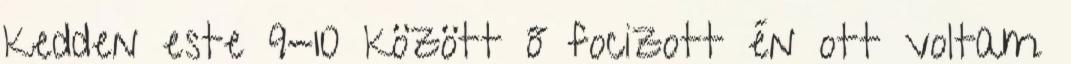
kedden este 9-10 között ő focizott én ott voltam